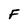
Character: F